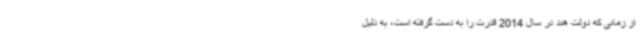
از زمانی که دولت هند در سال 2014 قدرت را به دست گرفته است، به دلیل